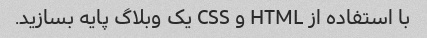
با استفاده از HTML و CSS یک وبلاگ پایه بسازید.